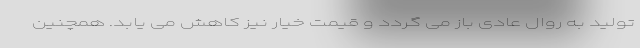
تولید به روال عادی باز می گردد و قیمت خیار نیز کاهش می یابد. همچنین